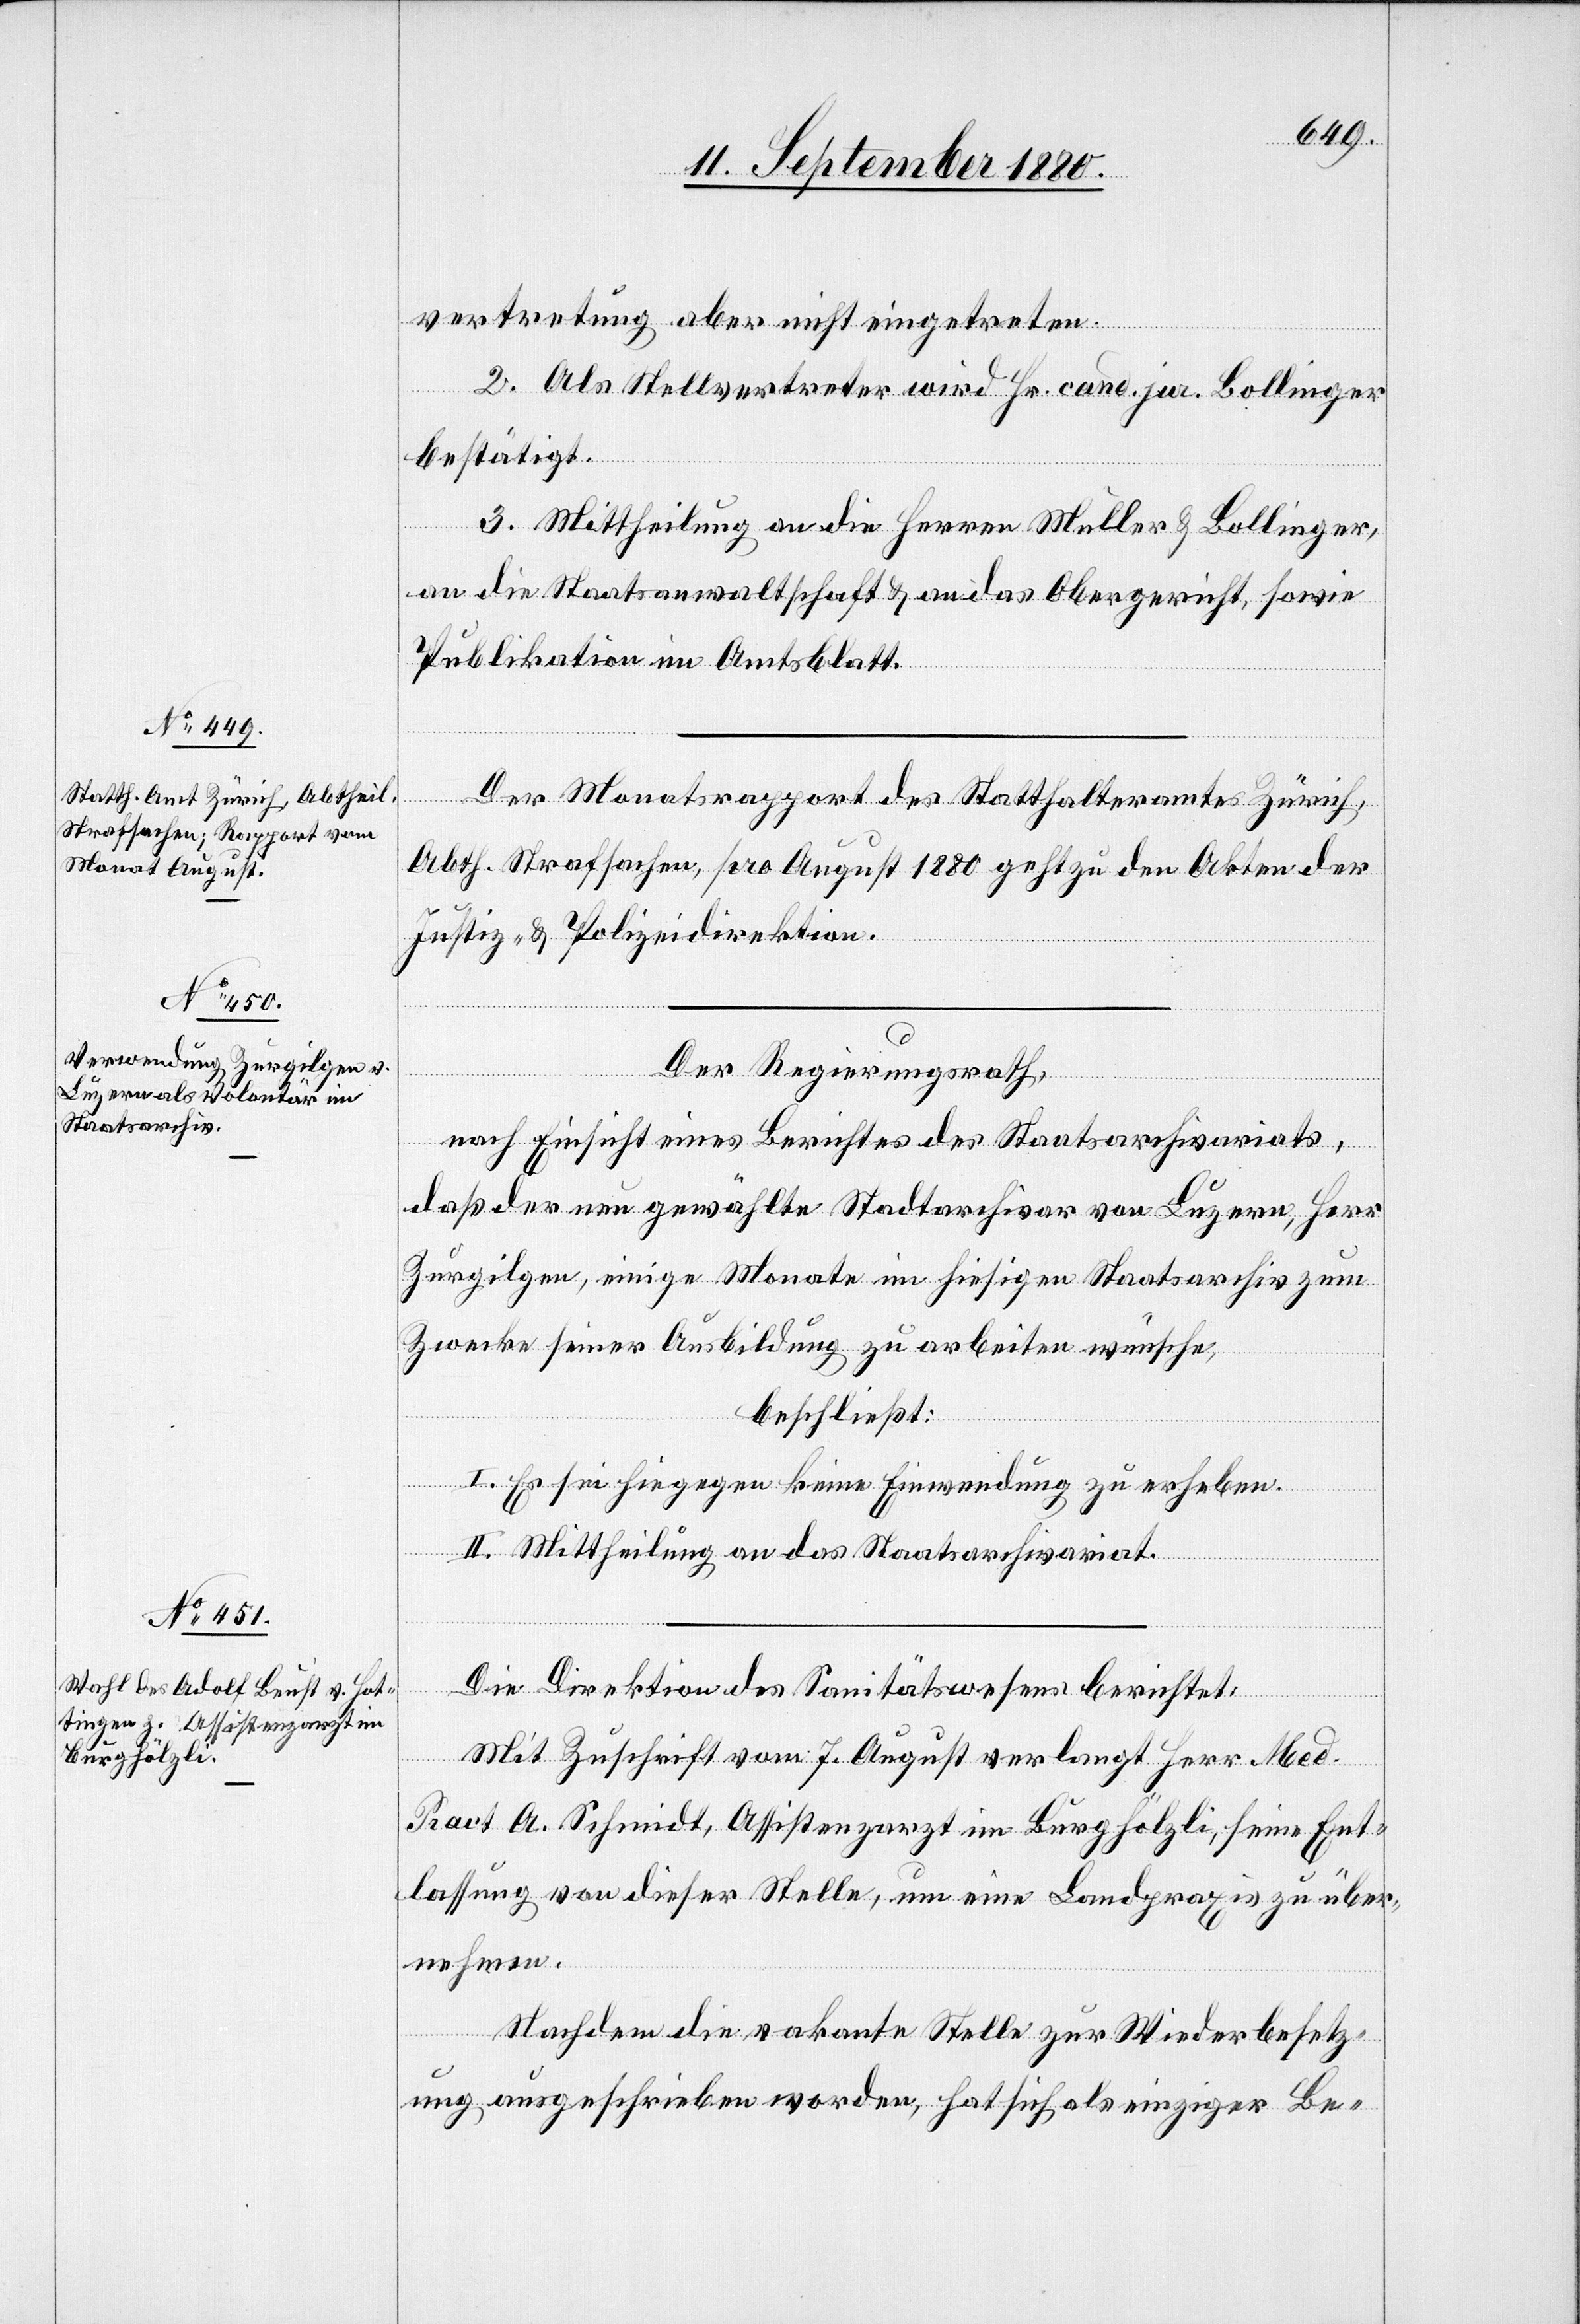
vertretung aber nicht eingetreten.
2. Als Stellvertreter wird Hr. cand. jur. Bollinger
bestätigt.
3. Mittheilung an die Herren Müller & Bollinger,
an die Staatsanwaltschaft & an das Obergericht, sowie
Publikation im Amtsblatt.
Der Monatsrapport des Statthalteramtes Zürich,
Abth. Strafsachen, pro August 1880 geht zu den Akten der
Justiz- & Polizeidirektion.
Der Regierungsrath,
nach Einsicht eines Berichtes des Staatsarchivariats,
daß der neu gewählte Stadtarchivar von Luzern, Herr
Zurgilgen, einige Monate im hiesigen Staatsarchiv zum
Zwecke seiner Ausbildung zu arbeiten wünsche,
beschließt:
I. Es sei hiegegen keine Einwendung zu erheben.
II. Mittheilung an das Staatsarchivariat.
Die Direktion des Sanitätswesens berichtet:
Mit Zuschrift vom 7. August verlangt Herr Med.
Pract. A. Schmidt, Assistenzarzt im Burghölzli, seine Ent¬
lassung von dieser Stelle, um eine Landpraxis zu über¬
nehmen.
Nachdem die vakante Stelle zur Wiederbesetz¬
ung ausgeschrieben worden, hat sich als einziger Be-